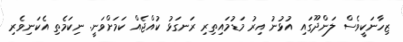
ޒިހާނަކީވެސް ލަންދޫގައި އުޅުނު އިރު މަޑުމައިތިރި ރަނގަޅު ކުއްޖެއް ކަމަށްވަނީ. ނިކަމެތި އެކަނިވެރި